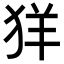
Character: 𦍕